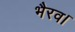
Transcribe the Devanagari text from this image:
भैरव।